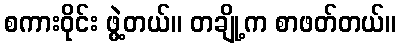
စကားဝိုင်း ဖွဲ့တယ်။ တချို့က စာဖတ်တယ်။